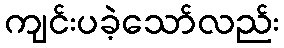
ကျင်းပခဲ့သော်လည်း